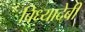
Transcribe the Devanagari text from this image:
बिध्यादेबी